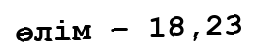
өлім – 18,23